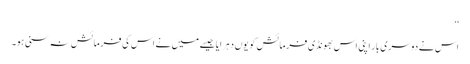
‘‘
اس نے دوسری بار اپنی اس بھونڈی فرمائش کو یوں دہرایا جیسے میں نے اس کی فرمائش نہ سنی ہو۔